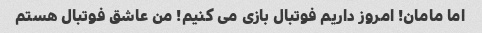
اما مامان! امروز داریم فوتبال بازی می کنیم! من عاشق فوتبال هستم